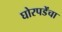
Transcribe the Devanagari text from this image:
घोरपडेंचा